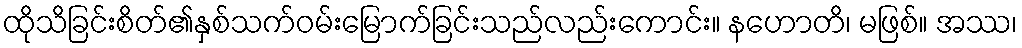
ထိုသိခြင်းစိတ်၏နှစ်သက်ဝမ်းမြောက်ခြင်းသည်လည်းကောင်း။ နဟောတိ၊ မဖြစ်။ အဿ၊